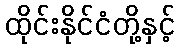
ထိုင်းနိုင်ငံတို့နှင့်